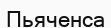
Пьяченса